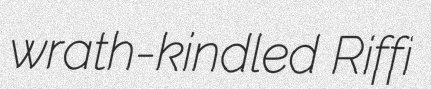
wrath-kindled Riffi